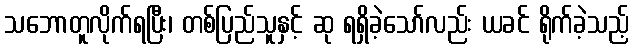
သဘောတူလိုက်ရပြီး၊ တစ်ပြည်သူနှင့် ဆု ရရှိခဲ့သော်လည်း ယခင် ရိုက်ခဲ့သည့်